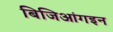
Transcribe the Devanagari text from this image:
बिजिआंगइन